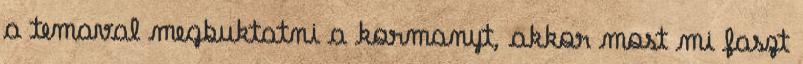
a temaval megbuktatni a kormanyt, akkor most mi faszt